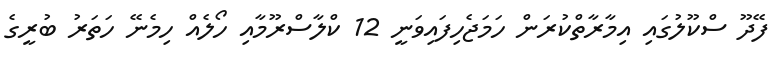
ފޭދޫ ސްކޫލުގައި އިމާރާތްކުރަން ހަމަޖެހިފައިވަނީ 12 ކްލާސްރޫމާއި ހޯލެއް ހިމެނޭ ހަތަރު ބުރީގެ